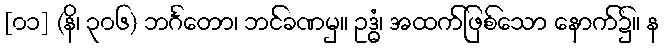
[၀၁] (နိ၊ ၃၀၆) ဘင်္ဂတော၊ ဘင်ခဏမှ။ ဥဒ္ဓံ၊ အထက်ဖြစ်သော နောက်၌။ န